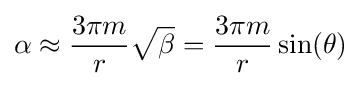
\alpha \approx {\frac {3\pi m}{r}}{\sqrt {\beta }}={\frac {3\pi m}{r}}\sin(\theta )